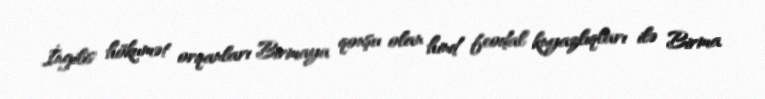
İngilis hökumət orqanları Birmaya qonşu olan hind feodal knyazlıqları ilə Birma